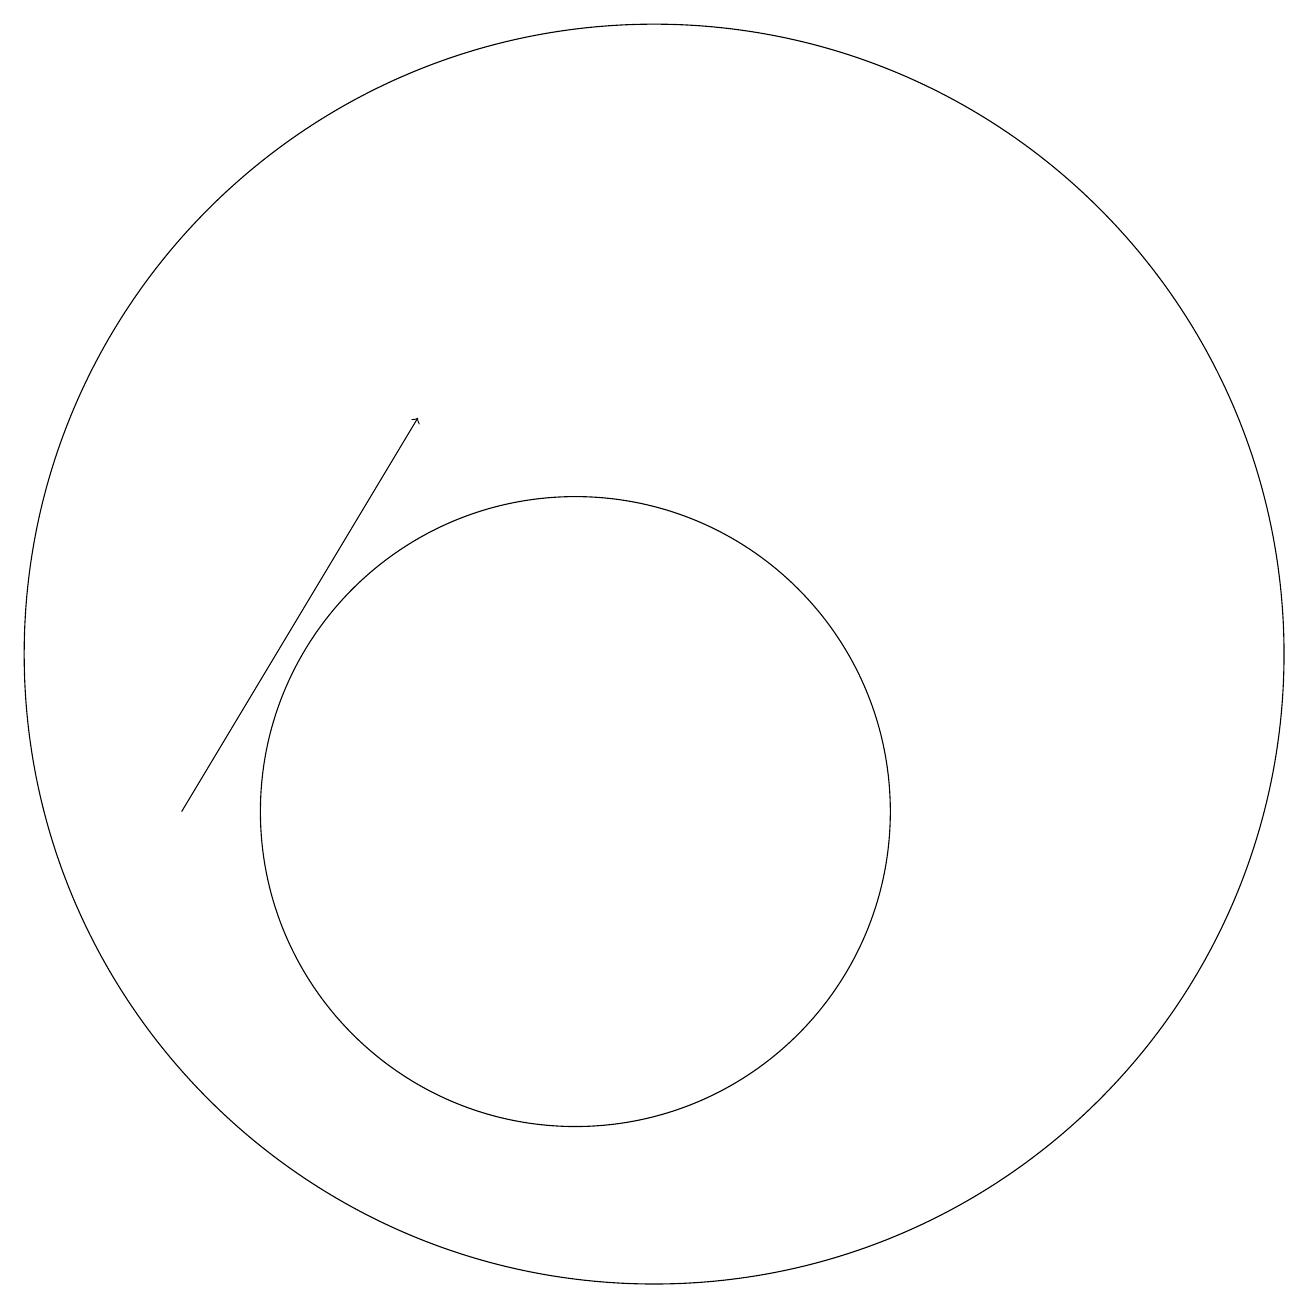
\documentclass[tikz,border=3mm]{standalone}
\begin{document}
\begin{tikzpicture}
\draw[->] (5,10) -- (8,15);
\draw (11,12) circle (8);
\draw (10,10) circle (4);
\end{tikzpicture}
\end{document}